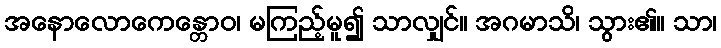
အနောလောကေန္တောဝ၊ မကြည့်မူ၍ သာလျှင်။ အဂမာသိ၊ သွား၏။ သာ၊